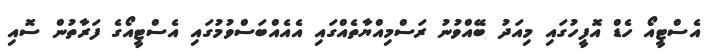
އެސްޓީއޯ ހެޑް އޮފީހުގައި މިއަދު ބޭއްވުނު ރަސްމިއްޔާތެއްގައި އެއެއްބަސްވުމުގައި އެސްޓީއޯގެ ފަރާތުން ސޮއި